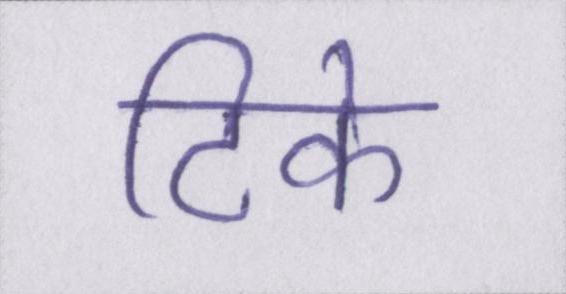
टिके